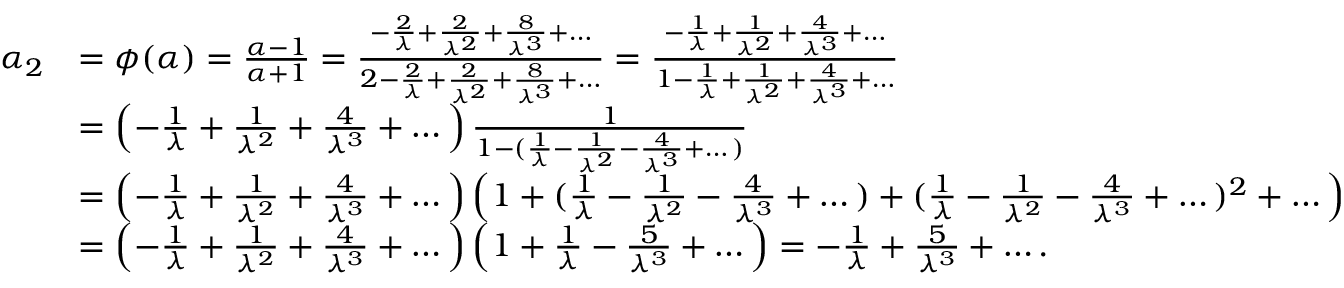
\begin{array} { r l } { \alpha _ { 2 } } & { = \phi ( \alpha ) = \frac { \alpha - 1 } { \alpha + 1 } = \frac { - \frac { 2 } { \lambda } + \frac { 2 } { \lambda ^ { 2 } } + \frac { 8 } { \lambda ^ { 3 } } + \dots } { 2 - \frac { 2 } { \lambda } + \frac { 2 } { \lambda ^ { 2 } } + \frac { 8 } { \lambda ^ { 3 } } + \dots } = \frac { - \frac { 1 } { \lambda } + \frac { 1 } { \lambda ^ { 2 } } + \frac { 4 } { \lambda ^ { 3 } } + \dots } { 1 - \frac { 1 } { \lambda } + \frac { 1 } { \lambda ^ { 2 } } + \frac { 4 } { \lambda ^ { 3 } } + \dots } } \\ & { = \left( - \frac { 1 } { \lambda } + \frac { 1 } { \lambda ^ { 2 } } + \frac { 4 } { \lambda ^ { 3 } } + \dots \right) \frac { 1 } { 1 - ( \frac { 1 } { \lambda } - \frac { 1 } { \lambda ^ { 2 } } - \frac { 4 } { \lambda ^ { 3 } } + \dots ) } } \\ & { = \left( - \frac { 1 } { \lambda } + \frac { 1 } { \lambda ^ { 2 } } + \frac { 4 } { \lambda ^ { 3 } } + \dots \right) \left( 1 + ( \frac { 1 } { \lambda } - \frac { 1 } { \lambda ^ { 2 } } - \frac { 4 } { \lambda ^ { 3 } } + \dots ) + ( \frac { 1 } { \lambda } - \frac { 1 } { \lambda ^ { 2 } } - \frac { 4 } { \lambda ^ { 3 } } + \dots ) ^ { 2 } + \dots \right) } \\ & { = \left( - \frac { 1 } { \lambda } + \frac { 1 } { \lambda ^ { 2 } } + \frac { 4 } { \lambda ^ { 3 } } + \dots \right) \left( 1 + \frac { 1 } { \lambda } - \frac { 5 } { \lambda ^ { 3 } } + \dots \right) = - \frac { 1 } { \lambda } + \frac { 5 } { \lambda ^ { 3 } } + \dots . } \end{array}